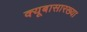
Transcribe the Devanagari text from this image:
क्यूबासारख्या